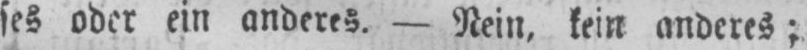
ses oder ein anderes. - Nein, kein anderes;